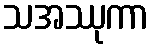
သအဿုကာ